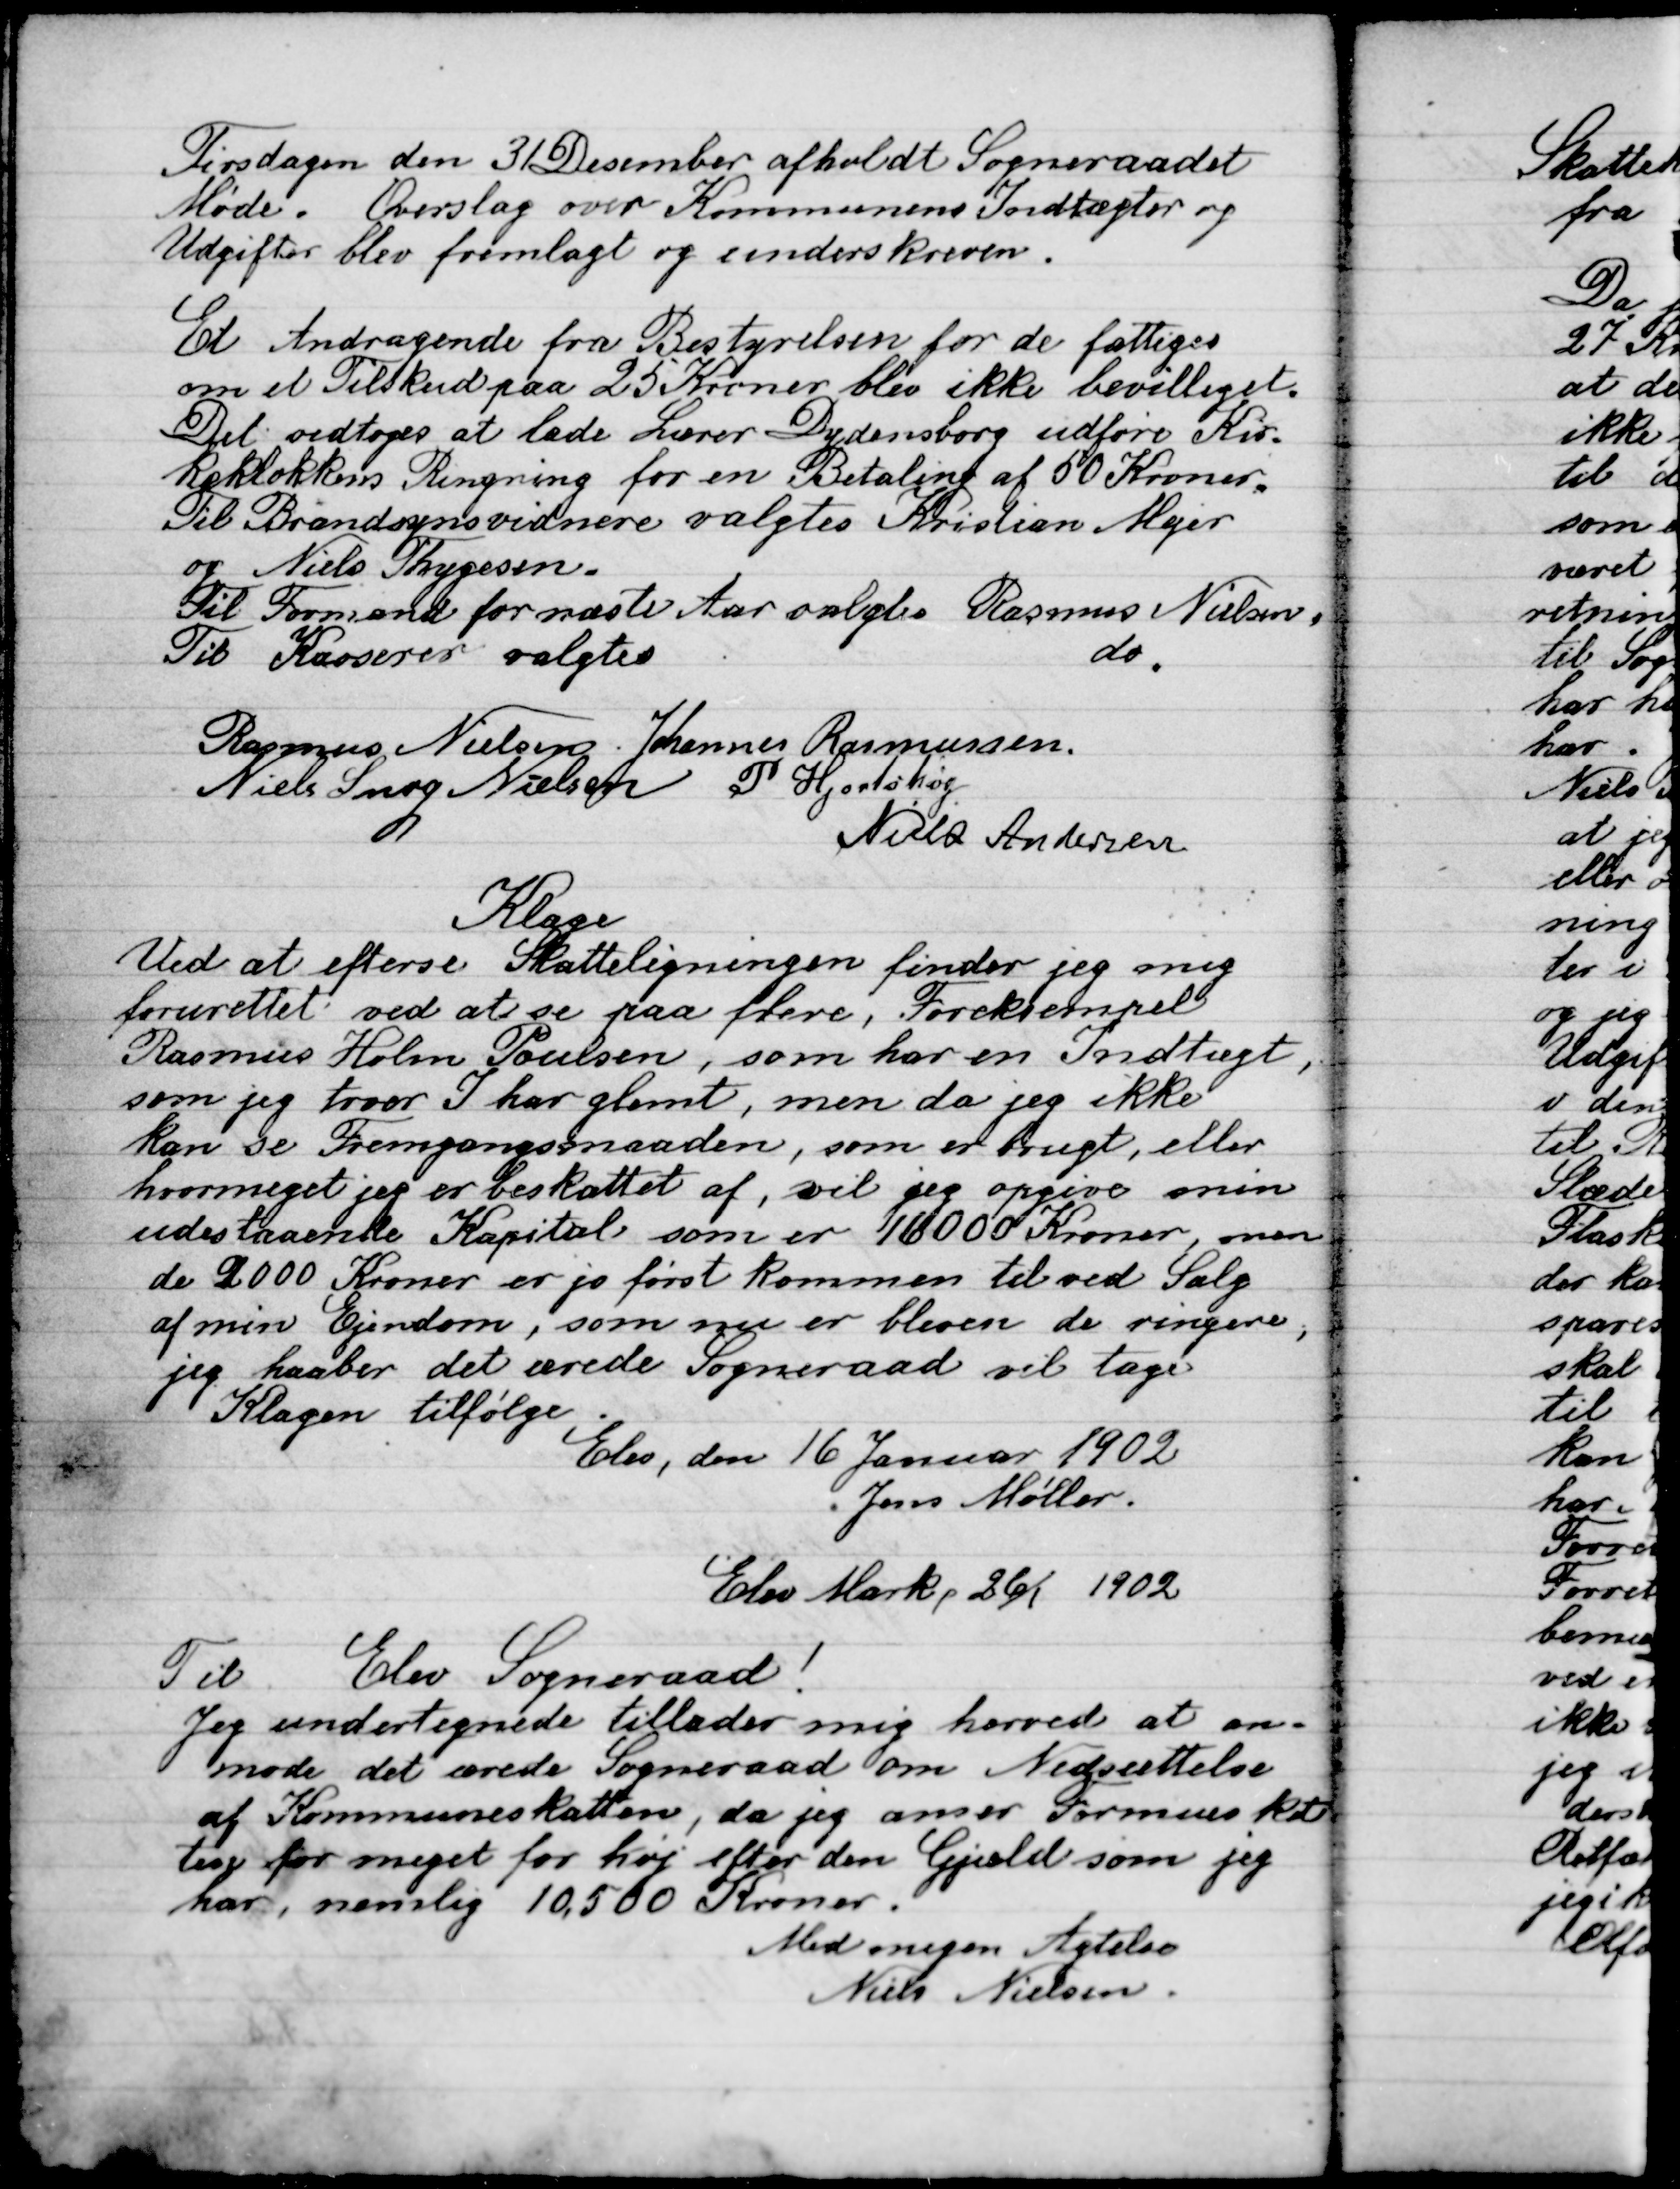
Transskription:
Tirsdagen den 31 December afholdt Sogneraadet
Møde. Overslag over kommunens Indtægter og
Udgifter blev fremlagt og underskreven.

Et Adragende fra Bestyrelsen for de fattiges
Om et Tilskud paa 25 kroner blev ikke bevilliget.
Det vedtoges at lade Lærer Dydensborg udføre Kir-
keklokkers Ringning for en Betaling af 50 Kr.
Til Brandsynsvidende valgtes Kristian Myer
 og Niels Thygesen.
Til formand for næste Aar valgtes Rasmus Nielsen
Til Kasserer valgtes					do.

Rasmus Nielsen
Johannes Rasmusen
Niels Snog Nielsen
P. Hjortshøj
Niels Andersen

Klage
Ved at efterse Skatteligningen finder jeg mig
forurettet ved at se paa flere, For eksempel
Rasmus Holm Poulsen, som har en Indtægt,
som jeg tror I har glemt, men da jeg ikke
kan se Fremgangsmaaden, som er brugt, eller
hvor meget jeg er beskattet af, vil jeg opgive min
udestaaende Kapital som er 16000 Kroner, men
de 2000 Kroner er jo først kommen til ved Salg
af min Ejendom, som nu er bleven de ringere,
jeg haaber det ærede Sogneraad vil tage
Klagen til følge.
Elev, den 16 Januar 1902
Jens Møller
Elev Mark, 26/1 1902

Til Elev Sogneraad!
Jeg undertegnede tillader mig herved at an-
mode det ærede Sogneraad om Nedsættelse
af Kommuneskatten, da jeg anser Formueskat-
ten for meget for høj efter den Gjæld som jeg
har nemlig 10.500 Kroner.
Med megen Agtelse
Niels Nielsen